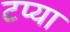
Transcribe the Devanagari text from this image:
टप्या